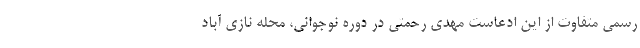
رسمی متفاوت از این ادعاست مهدی رحمتی در دوره نوجوانی، محله نازی آباد